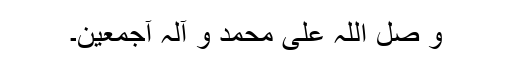
و صل اللہ علی محمد و آلہ آجمعین۔